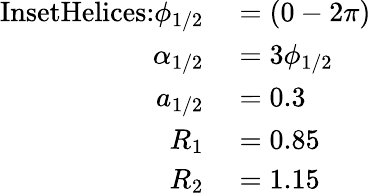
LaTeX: \begin{array}{rl}{\textrm{InsetHelices:}\phi_{1/2}}&{{}=(0-2\pi)}\\ {\alpha_{1/2}}&{{}=3\phi_{1/2}}\\ {a_{1/2}}&{{}=0.3}\\ {R_{1}}&{{}=0.85}\\ {R_{2}}&{{}=1.15}\end{array}